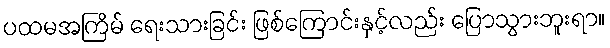
ပထမအကြိမ် ရေးသားခြင်း ဖြစ်ကြောင်းနှင့်လည်း ပြောသွားဘူးရာ။